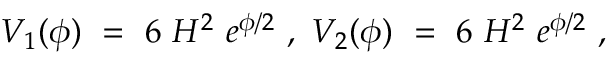
V _ { 1 } ( \phi ) ~ = ~ 6 ~ H ^ { 2 } ~ e ^ { \phi / 2 } ~ , ~ V _ { 2 } ( \phi ) ~ = ~ 6 ~ H ^ { 2 } ~ e ^ { \phi / 2 } ~ , ~ \,